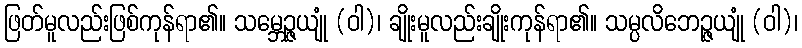
ဖြတ်မူလည်းဖြစ်ကုန်ရာ၏။ သမ္ဘေဉ္ဇယျုံ (ဝါ)၊ ချိုးမူလည်းချိုးကုန်ရာ၏။ သမ္ပလိဘေဉ္ဇယျုံ (ဝါ)၊